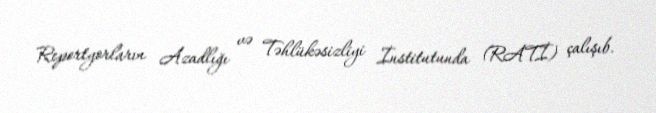
Reportyorların Azadlığı və Təhlükəsizliyi İnstitutunda (RATİ) çalışıb.